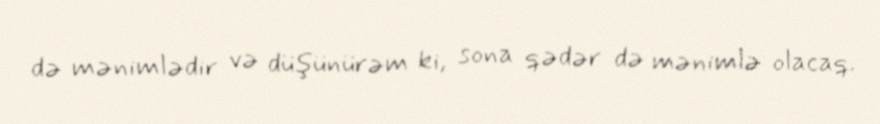
də mənimlədir və düşünürəm ki, sona qədər də mənimlə olacaq.